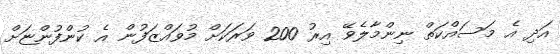
އަދި އެ މަސައްކަތް ނިންމާލެވޭ އިރު 200 ވަރަކަށް މުވައްޒަފުން އެ ކުންފުންޏަށް